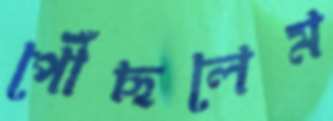
পৌঁছলেম